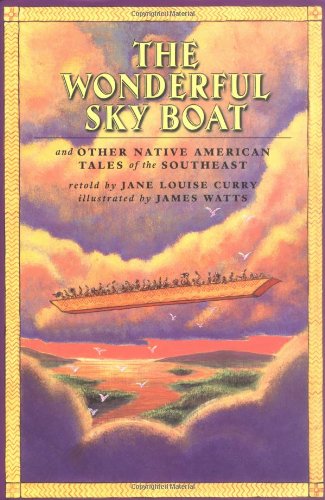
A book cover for The Wonderful Sky Boat: And Other Native Americans Tales from the Southeast; Jane Louise Curry; Children's Books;